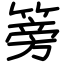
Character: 篣